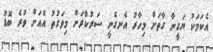
އެކަމަކު ޔަގީނާ ގާތަށް މިހާރު އެނގެނީ ސަރުކާރަށް މިވަގުތު އެއަށް ވުރެ ބޮޑު